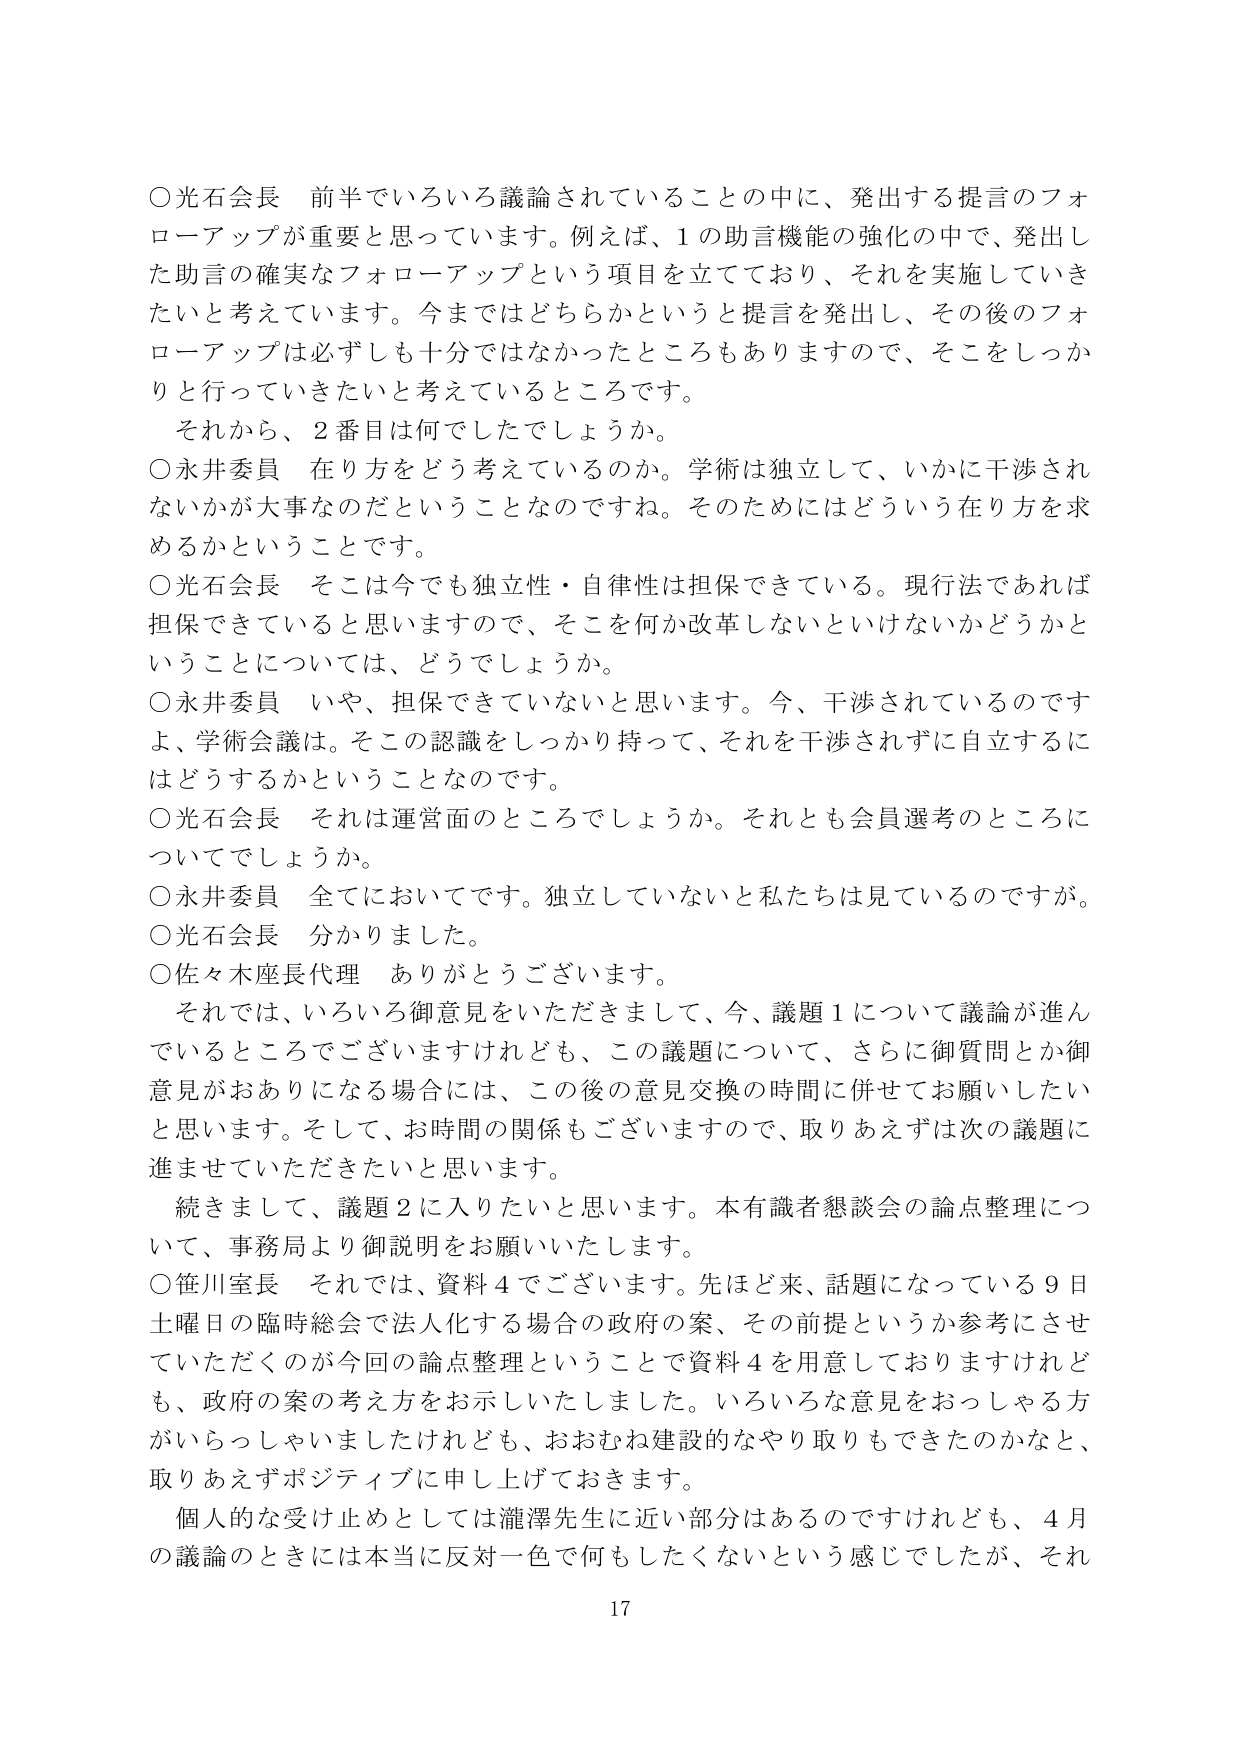
○光石会長　前半でいろいろ議論されていることの中に、発出する提言のフォローアップが重要と思っています。例えば、1の助言機能の強化の中で、発出した助言の確実なフォローアップという項目を立てており、それを実施していきたいと考えています。今まではどちらかというと提言を発出し、その後のフォローアップは必ずしも十分ではなかったところもありますので、そこをしっかり行っていきたいと考えているところです。

　それから、2番目は何でしたでしょうか。

○永井委員　在り方をどう考えているのか。学術は独立して、いかに干渉されないかが大事なのだということなのですね。そのためにはどういう在り方を求めるかということです。

○光石会長　そこは今でも独立性・自律性は担保できている。現行法であれば担保できていると思いますので、そこを何か改革しないといけないかどうかということについては、どうでしょうか。

○永井委員　いや、担保できていないと思います。今、干渉されているのですよ、学術会議は。そこの認識をしっかり持って、それを干渉されずに自立するにはどうするかということなのです。

○光石会長　それは運営面のところでしょうか。それとも会員選考のところについてでしょうか。

○永井委員　全てにおいてです。独立していないと私たちは見ているのですが。

○光石会長　分かりました。

○佐々木座長代理　ありがとうございます。

　それでは、いろいろ御意見をいただきまして、今、議題1について議論が進んでいるところでございますけれども、この議題について、さらに御質問とか御意見がおありになる場合には、この後の意見交換の時間に併せてお願いしたいと思います。そして、お時間の関係もございますので、取りあえずは次の議題に進ませていただきたいと思います。

　続きまして、議題2に入りたいと思います。本有識者懇談会の論点整理について、事務局より御説明をお願いいたします。

○笹川室長　それでは、資料4でございます。先ほど来、話題になっている9日土曜日の臨時総会で法人化する場合の政府の案、その前提というか参考にさせていただくのが今回の論点整理ということで資料4を用意しておりますけれども、政府の案の考え方をお示しいたしました。いろいろな意見をおっしゃる方がいらっしゃいましたけれども、おおむね建設的なやり取りもできたのかなと、取りあえずポジティブに申し上げておきます。

　個人的な受け止めとしては瀧澤先生に近い部分はあるのですけれども、4月の議論のときには本当に反対一色で何もしたくないという感じでしたが、それ

17